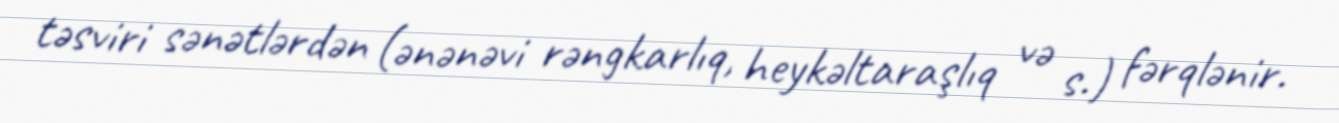
təsviri sənətlərdən (ənənəvi rəngkarlıq, heykəltaraşlıq və s.) fərqlənir.